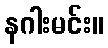
နဂါးမင်း။